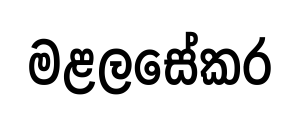
මළලසේකර